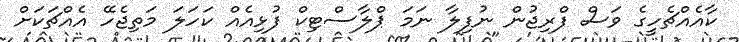
ކާއެއްޗެހީގެ ވަސް ފްރިޖުން ނުފިލާ ނަމަ ޕްލާސްޓިކް ފުޅިއެއް ކަހަލަ މަތިޖެހޭ އެއްޗަކަށް